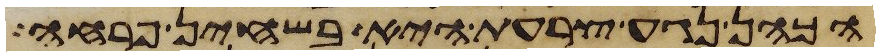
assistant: הכהן נגע צרעת היא בשחין פרחה